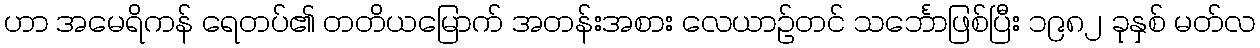
ဟာ အမေရိကန် ရေတပ်၏ တတိယမြောက် အတန်းအစား လေယာဉ်တင် သင်္ဘောဖြစ်ပြီး ၁၉၈၂ ခုနှစ် မတ်လ